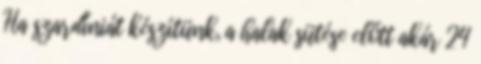
Ha szardíniát készítünk, a halak sütése előtt akár 24